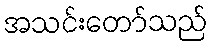
အသင်းတော်သည်